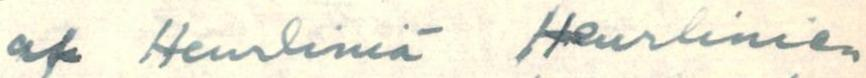
af Heurliniä Heurlinien